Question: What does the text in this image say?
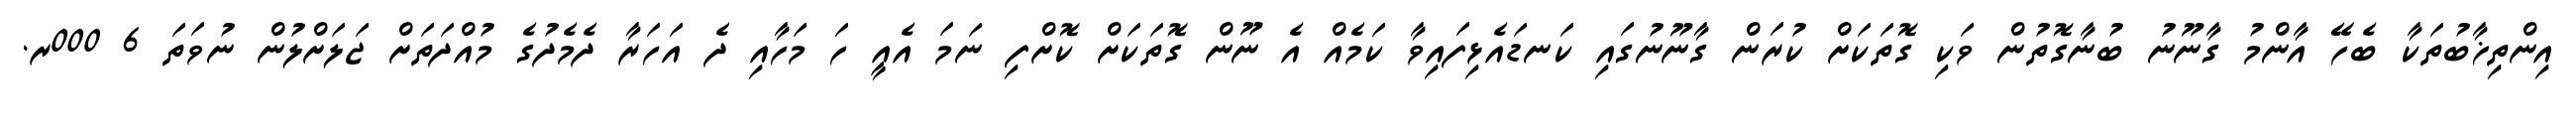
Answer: އިންތިޚާބުތަކާ ބެހޭ އާންމު ގާނޫނު ބުނާގޮތުން ވަކި ގޮތަކަށް ކުރަން ގާނޫނުގައި ކަނޑައެޅިފައިވާ ކަމެއް އެ ނޫން ގޮތަކަށް ކޮށްފި ނަމަ އެއީ ހަ މަހާއި ދެ އަހަރާ ދެމެދުގެ މުއްދަތަށް ޖަލަށްލުން ނުވަތަ 6 000ރ.